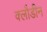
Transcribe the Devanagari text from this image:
क्लौडीन